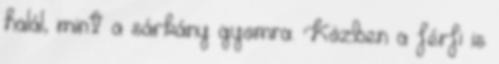
halál, mint a sárkány gyomra. Közben a férfi is